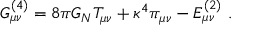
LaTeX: G _ { \mu \nu } ^ { ( 4 ) } = 8 \pi G _ { N } T _ { \mu \nu } + \kappa ^ { 4 } \pi _ { \mu \nu } - E _ { \mu \nu } ^ { ( 2 ) } \ .